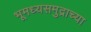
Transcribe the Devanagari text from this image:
भूमध्यसमुद्राच्या